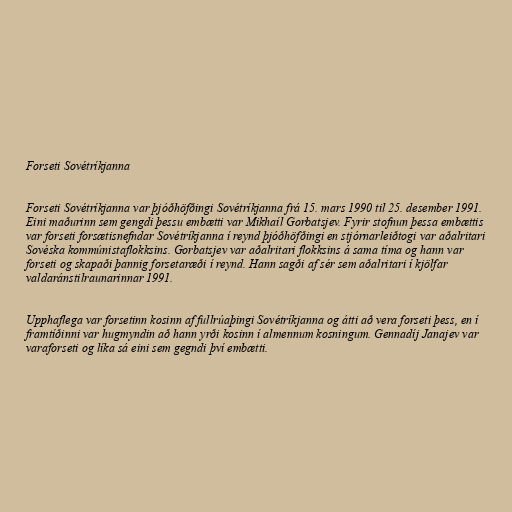
Forseti Sovétríkjanna

Forseti Sovétríkjanna var þjóðhöfðingi Sovétríkjanna frá 15. mars 1990 til 25. desember 1991.
Eini maðurinn sem gengdi þessu embætti var Mikhaíl Gorbatsjev. Fyrir stofnun þessa embættis
var forseti forsætisnefndar Sovétríkjanna í reynd þjóðhöfðingi en stjórnarleiðtogi var aðalritari
Sovéska kommúnistaflokksins. Gorbatsjev var aðalritari flokksins á sama tíma og hann var
forseti og skapaði þannig forsetaræði í reynd. Hann sagði af sér sem aðalritari í kjölfar
valdaránstilraunarinnar 1991.

Upphaflega var forsetinn kosinn af fullrúaþingi Sovétríkjanna og átti að vera forseti þess, en í
framtíðinni var hugmyndin að hann yrði kosinn í almennum kosningum. Gennadíj Janajev var
varaforseti og líka sá eini sem gegndi því embætti.